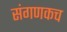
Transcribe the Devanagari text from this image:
संगणकच